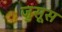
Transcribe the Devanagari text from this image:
जुसूस